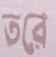
তরে